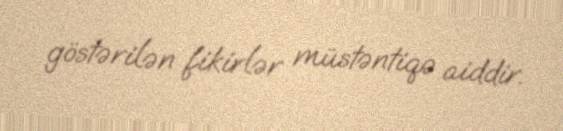
göstərilən fikirlər müstəntiqə aiddir.